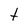
Character: t